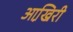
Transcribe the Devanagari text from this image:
आखि़री